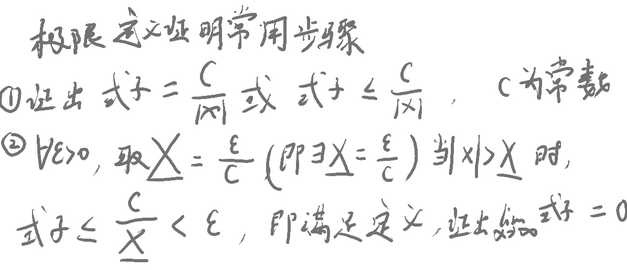
极限定义证明常用步骤：
\textcircled{1} 证出式子 \( = \frac{C}{|x|} \) 或 式子 \( \leq \frac{C}{|x|} \)，其中 \( C \) 为常数。
\textcircled{2} \( \forall \varepsilon > 0 \)，取 \( X = \frac{C}{\varepsilon} \)（即 \( \exists X = \frac{C}{\varepsilon} \)）。当 \( |x| > X \) 时，式子 \( \leq \frac{C}{X} < \varepsilon \)，即满足定义，证出给定式子 \( = 0 \)。